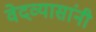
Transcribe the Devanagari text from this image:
वेदव्यासांनी